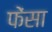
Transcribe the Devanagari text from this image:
फेंसा